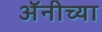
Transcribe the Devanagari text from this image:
अॅनीच्या